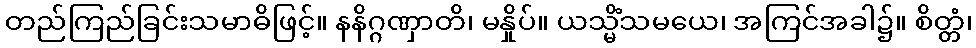
တည်ကြည်ခြင်းသမာဓိဖြင့်။ နနိဂ္ဂဏှာတိ၊ မနှိုပ်။ ယသ္မိံသမယေ၊ အကြင်အခါ၌။ စိတ္တံ၊